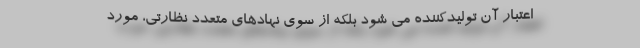
اعتبار آن تولیدکننده می شود بلکه از سوی نهادهای متعدد نظارتی، مورد